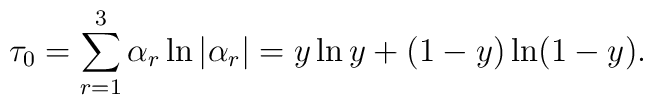
\tau_0 = \sum_{r=1}^3 \alpha_r \ln |\alpha_r| = y \ln y +(1-y) \ln (1-y).